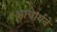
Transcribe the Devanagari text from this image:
आचार्यने